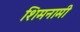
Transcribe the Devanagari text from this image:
शिमनामी